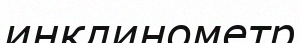
инклинометр